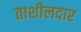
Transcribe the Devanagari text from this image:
ताशीलदार